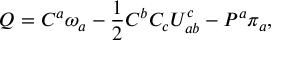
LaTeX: Q = C ^ { a } \omega _ { a } - { \frac { 1 } { 2 } } C ^ { b } C _ { c } U _ { a b } ^ { c } - P ^ { a } \pi _ { a } ,